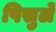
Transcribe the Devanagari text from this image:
पिसुर्ले